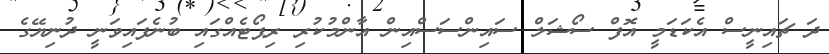
ދަ ޗައިނީސް އެކަޑަމީ އޮފް ސޯޝަލް ސައިންސަސްއިން އާންމުކުރި ރިޕޯޓެއްގައި ބުނެފައިވަނީ ދުނިޔޭގެ